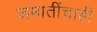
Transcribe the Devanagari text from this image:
जमातींचाही